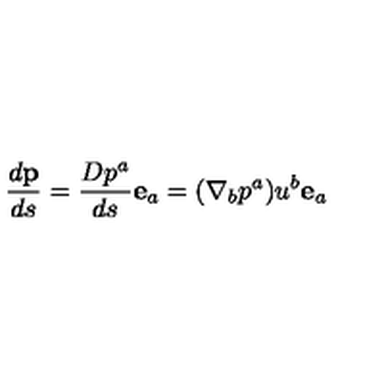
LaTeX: \frac { d \mathbf { p } } { d s } = \frac { D p ^ { a } } { d s } \mathbf { e } _ { a } = ( \nabla _ { b } p ^ { a } ) u ^ { b } \mathbf { e } _ { a }